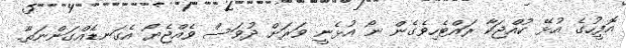
އޮފީހުގެ އުޅޭ ކުއްޖަކާ ރައްޓެހިވެގެން ނޯ އުޅެނީ ވަރަށް ދުވަސް ވެއްޖެޔޯ އެގަނޑެއްގަންނަތާ.